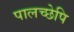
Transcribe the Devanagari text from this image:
पालच्छेपि